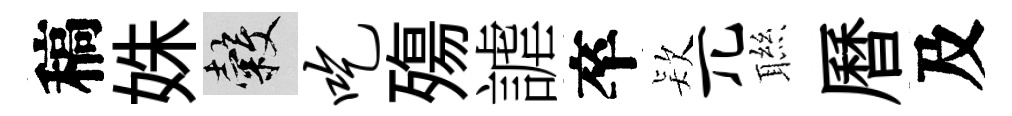
稿姝穀吃殤謔卒𣣇兀聮曆及